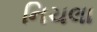
નિચલા